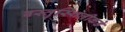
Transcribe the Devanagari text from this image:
वस्तुस्थितीकडे